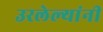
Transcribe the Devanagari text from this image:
उरलेल्यांनी